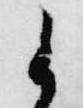
候